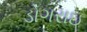
ડોગરાઇ